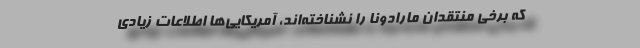
که برخی منتقدان مارادونا را نشناخته‌اند، آمریکایی‌ها اطلاعات زیادی